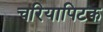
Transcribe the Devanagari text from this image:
चरियापिटक